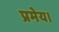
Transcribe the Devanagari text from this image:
प्रमेय।